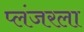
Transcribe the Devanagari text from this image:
प्लंजरला